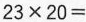
$$2 3 \times 2 0 =$$